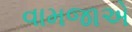
વામજાએ